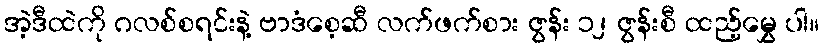
အဲ့ဒီထဲကို ဂလစ်စရင်းနဲ့ ဗာဒံစေ့ဆီ လက်ဖက်စား ဇွန်း ၁၂ ဇွန်းစီ ထည့်မွှေ ပါ။